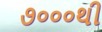
૭૦૦૦થી